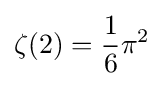
\zeta (2)={\frac {1}{6}}\pi ^{2}